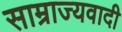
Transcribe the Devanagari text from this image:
साम्राज्‍यवादी